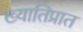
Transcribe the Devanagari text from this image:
ख्यातिप्रात